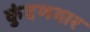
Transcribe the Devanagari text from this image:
कुंदणगार